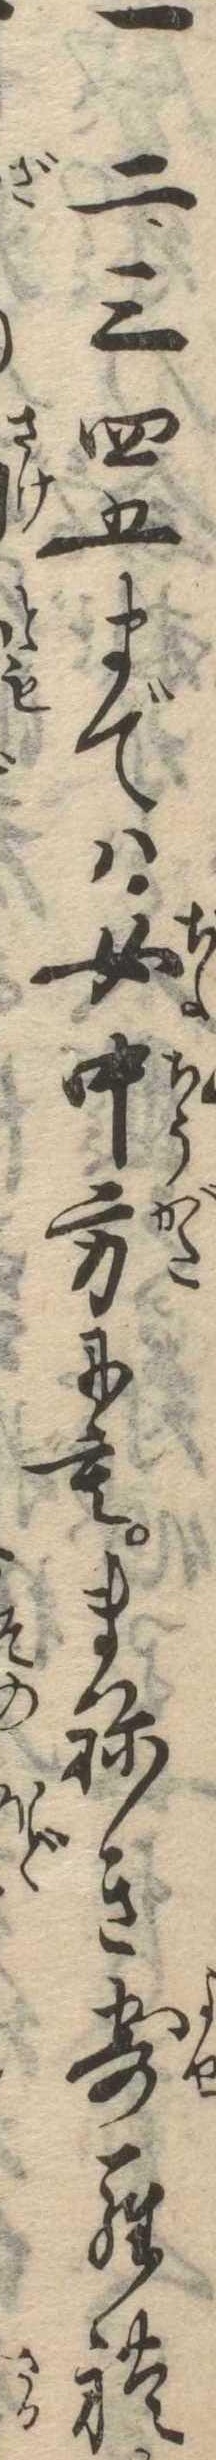
一二三四五までは女中方にもまねき寄られ